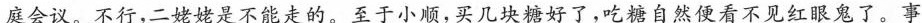
庭会议。不行，二姥姥是不能走的。至于小顺，买几块糖好了，吃糖自然便看不见红眼鬼了。事